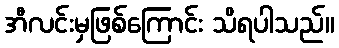
အီလင်းမှဖြစ်ကြောင်း သိရပါသည်။